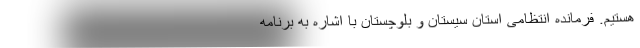
هستیم. فرمانده انتظامی استان سیستان و بلوچستان با اشاره به برنامه